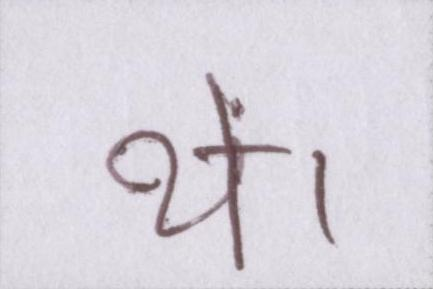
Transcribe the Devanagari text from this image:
थें।